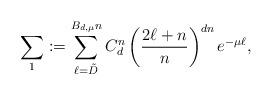
LaTeX: \begin{align*}\sum_1:=\sum_{\ell=\tilde{D}}^{B_{d,\mu} n} C_d^n \left(\frac{2\ell+n}{n}\right)^{dn} e^{-\mu \ell},\end{align*}